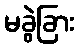
မခွဲခြား